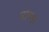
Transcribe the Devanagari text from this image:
घोषड़ा